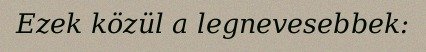
Ezek közül a legnevesebbek: